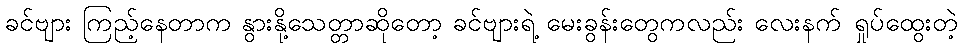
ခင်ဗျား ကြည့်နေတာက နွားနို့သေတ္တာဆိုတော့ ခင်ဗျားရဲ့ မေးခွန်းတွေကလည်း လေးနက် ရှုပ်ထွေးတဲ့